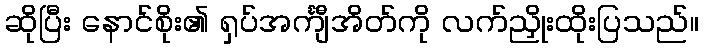
ဆိုပြီး နောင်စိုး၏ ရှပ်အင်္ကျီအိတ်ကို လက်ညှိုးထိုးပြသည်။